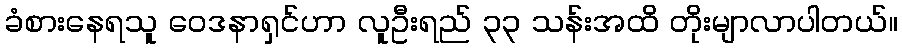
ခံစားနေရသူ ဝေဒနာရှင်ဟာ လူဦးရည် ၃၃ သန်းအထိ တိုးမျာလာပါတယ်။